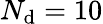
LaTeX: N_{\mathrm{d}}=10